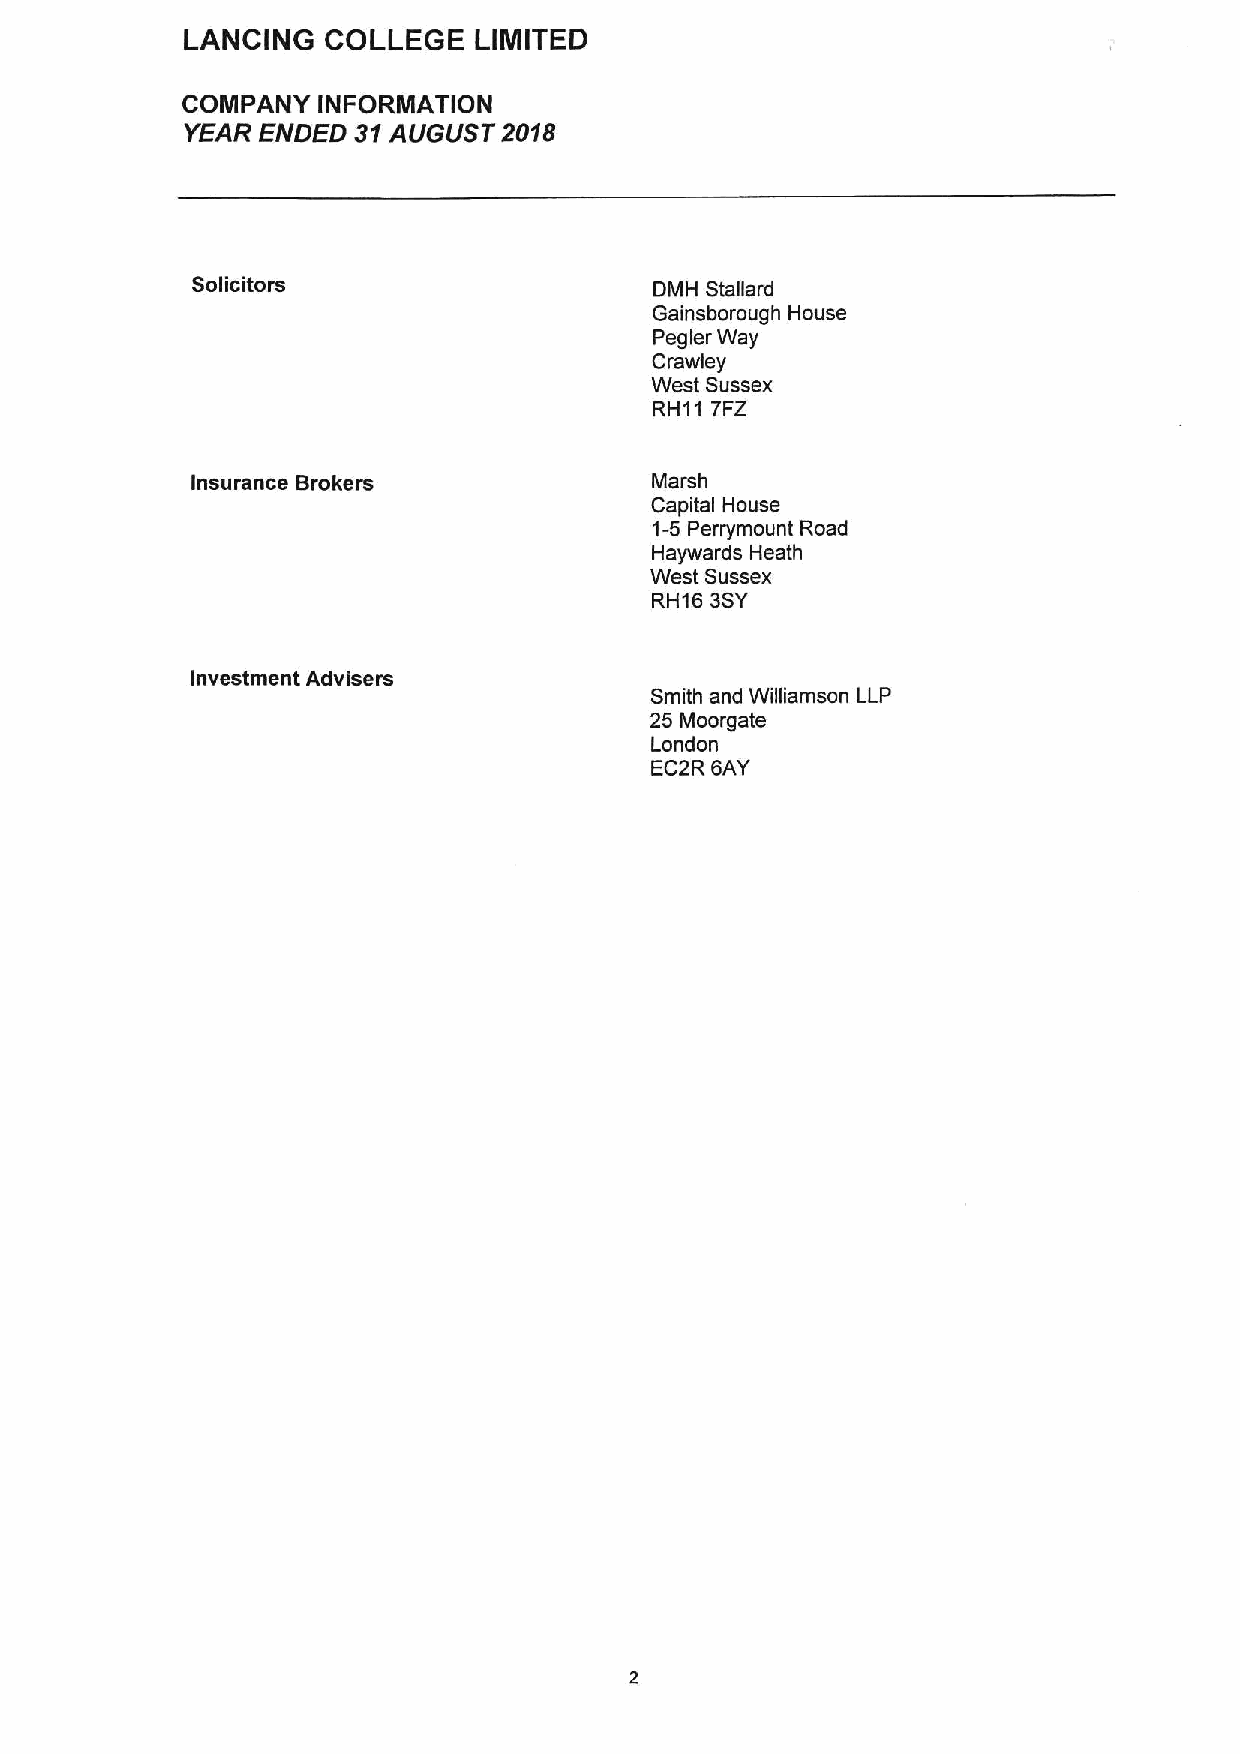
LANCING   COLLEGE  LIMITED
 COMPANY  INFORMATION
 YEAR ENDED 31AUGUST  2018
 Solicitors
 DMH Stallard
 Gainsborough House
 Pegler Way
 Crawley
 West Sussex
 RH11 7FZ
 Insurance Brokers             Marsh
 Capital House
 1-5Perrymount Road
 Haywards Heath
 West Sussex
 RH16 3SY
 Investment Advisers
 Smith and Williamson LLP
 25 Moorgate
 London
 EC2R 6AY